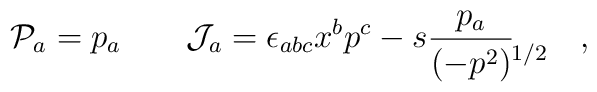
{\cal P}_a=p_a\qquad{\cal J}_a=\epsilon_{abc}x^bp^c-s\frac{p_a}{(-p^2)\lefteqn{{}^{1/2}}}\qquad ,